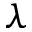
\lambda